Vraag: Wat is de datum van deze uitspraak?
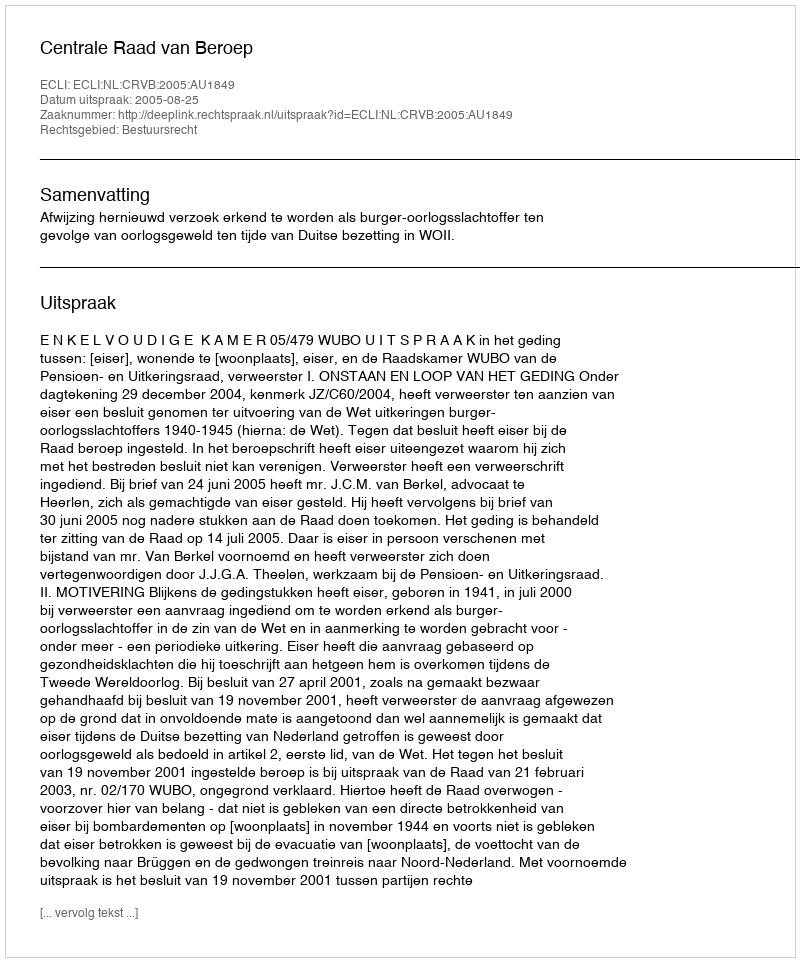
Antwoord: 2005-08-25